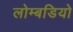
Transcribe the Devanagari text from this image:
लोम्बडियो